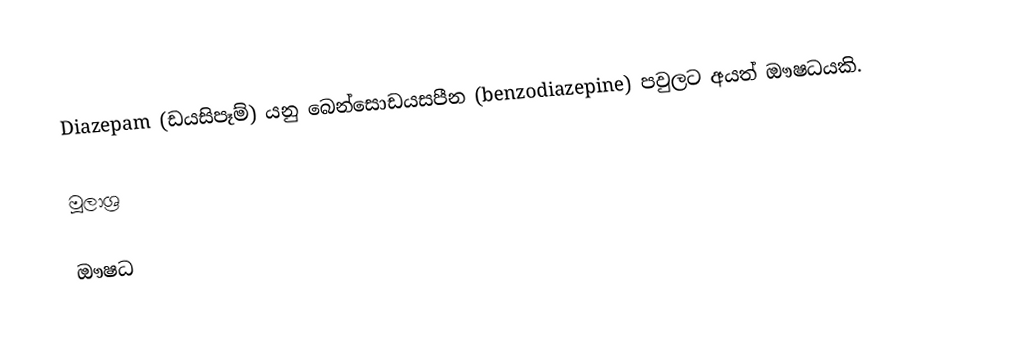
Diazepam (ඩයසිපෑම්) යනු  බෙන්සොඩයසපීන (benzodiazepine) පවුලට අයත් ඖෂධයකි.

මූලාශ්‍ර

ඖෂධ